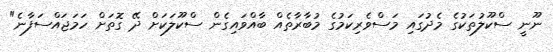
ނޫނީ ސްކޫލުތަކުގެ މެދުގައި މަސްވެރިކަމުގެ މުބާރާތެއް ބާއްވައިގެން ސްކޫލަކަށް ދޭ ގޮތަށް ހަމަޖައްސަފާނެ"